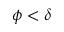
\phi < \delta